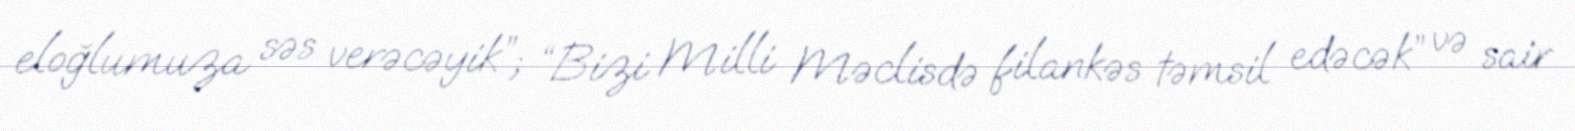
eloğlumuza səs verəcəyik”; “Bizi Milli Məclisdə filankəs təmsil edəcək” və sair